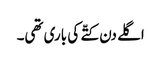
اگلے دن کتّے کی باری تھی۔